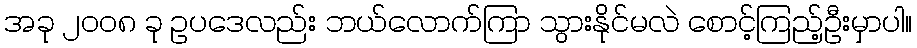
အခု ၂၀၀၈ ခု ဥပဒေလည်း ဘယ်လောက်ကြာ သွားနိုင်မလဲ စောင့်ကြည့်ဦးမှာပါ။